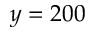
y = 2 0 0